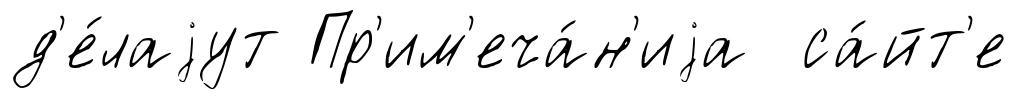
д'е́лаjут Пр'им'еча́н'иjа са́йт'е